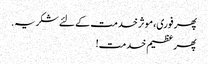
پھر فوری، موثر خدمت کے لئے شکریہ.
پھر عظیم خدمت!